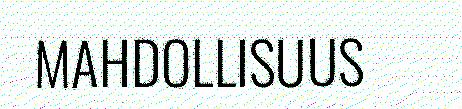
MAHDOLLISUUS